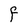
Character: F